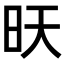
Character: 𭥔